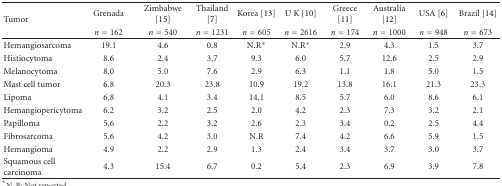
<table><thead><tr><td rowspan="2"><b>Tumor</b></td><td><b> Grenada</b></td><td><b>Zimbabwe [15]</b></td><td><b>Thailand [7]</b></td><td><b>Korea [13]</b></td><td><b>U K [10]</b></td><td><b>Greece [11]</b></td><td><b>Australia [12]</b></td><td><b> USA [6]</b></td><td><b>Brazil [14]</b></td></tr><tr><td><b><i>n</i> = 162</b></td><td><b><i>n</i> = 540</b></td><td><b><i>n</i> = 1231</b></td><td><b><i>n</i> = 605</b></td><td><b><i>n</i> = 2616</b></td><td><b><i>n</i> = 174</b></td><td><b><i>n</i> = 1000</b></td><td><b><i>n</i> = 948</b></td><td><b><i>n</i> = 673</b></td></tr></thead><tbody><tr><td>Hemangiosarcoma</td><td>19.1</td><td>4.6</td><td>0.8</td><td>N.R*</td><td>N.R*</td><td>2.9</td><td>4.3</td><td>1.5</td><td>3.7</td></tr><tr><td>Histiocytoma</td><td>8.6</td><td>2.4</td><td>3.7</td><td>9.3</td><td>6.0</td><td>5.7</td><td>12.6</td><td>2.5</td><td>2.9</td></tr><tr><td>Melanocytoma</td><td>8.0</td><td>5.0</td><td>7.6</td><td>2.9</td><td>6.3</td><td>1.1</td><td>1.8</td><td>5.0</td><td>1.5</td></tr><tr><td>Mast cell tumor</td><td>6.8</td><td>20.3</td><td>23.8</td><td>10.9</td><td>19.2</td><td>13.8</td><td>16.1</td><td>21.3</td><td>23.3</td></tr><tr><td>Lipoma</td><td>6.8</td><td>4.1</td><td>3.4</td><td>14.1</td><td>8.5</td><td>5.7</td><td>6.0</td><td>8.6</td><td>6.1</td></tr><tr><td>Hemangiopericytoma</td><td>6.2</td><td>3.2</td><td>2.5</td><td>2.0</td><td>4.2</td><td>2.3</td><td>7.3</td><td>3.2</td><td>2.1</td></tr><tr><td>Papilloma</td><td>5.6</td><td>2.2</td><td>3.2</td><td>2.6</td><td>2.3</td><td>3.4</td><td>0.2</td><td>2.5</td><td>4.4</td></tr><tr><td>Fibrosarcoma</td><td>5.6</td><td>4.2</td><td>3.0</td><td>N.R</td><td>7.4</td><td>4.2</td><td>6.6</td><td>5.9</td><td>1.5</td></tr><tr><td>Hemangioma</td><td>4.9</td><td>2.2</td><td>2.9</td><td>1.3</td><td>2.4</td><td>3.4</td><td>3.7</td><td>3.0</td><td>3.7</td></tr><tr><td>Squamous cell carcinoma</td><td>4.3</td><td>15.4</td><td>6.7</td><td>0.2</td><td>5.4</td><td>2.3</td><td>6.9</td><td>3.9</td><td>7.8</td></tr></tbody></table>